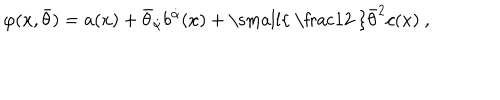
LaTeX: \varphi ( x , \bar { \theta } ) = a ( x ) + \bar { \theta } _ { \dot { \alpha } } b ^ { \dot { \alpha } } ( x ) + { \mathrm { \small { ~ \frac 1 2 ~ } } } \bar { \theta } ^ { 2 } c ( x ) \ ,